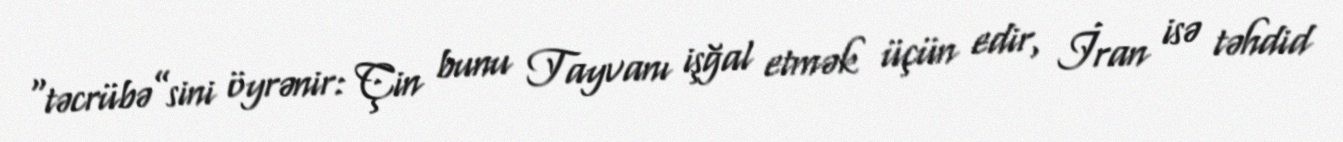
“təcrübə”sini öyrənir: Çin bunu Tayvanı işğal etmək üçün edir, İran isə təhdid